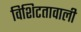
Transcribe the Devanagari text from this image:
विशिटतावाली